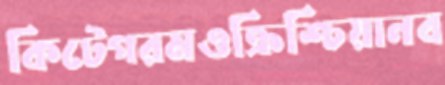
কিটেগরমওক্রিশ্চিয়ানব